Report on malaria in the Punjab during the year ...  together with an account of the work of the Punjab Malaria Bureau - Volume 5
Disease focus: Malaria
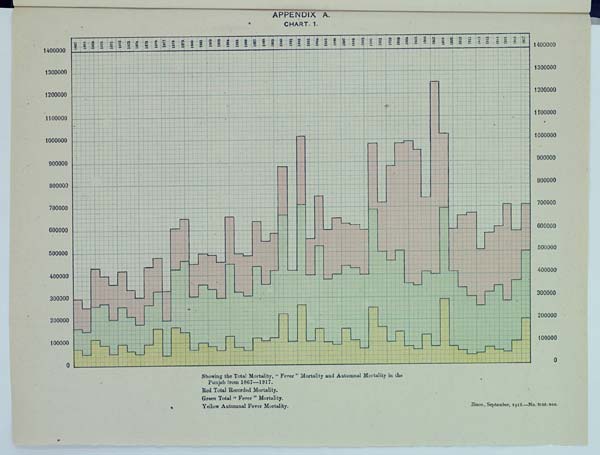
APPENDIX A.
CHART. 1.
Showing the Total Mortality, "Fever" Mortality and Autumnal Mortality in the
Punjab from 1867—1917.
Red Total Recorded Mortality.
Green Total "Fever" Mortality.
Yellow Autumnal Fever Mortality.
Zinco., September, 1918.—No. 3138.356.